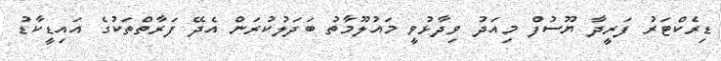
ޑިރެކްޓަރު ފަރީދާ ޔޫސުފް މިއަދު ވިދާޅުވީ މައުލޫމާތު ބަދަލުކުރަން އެދޭ ފަރާތްތަކުގެ އައިޑީކާޑު